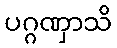
ပဂ္ဂဏှာသိ